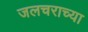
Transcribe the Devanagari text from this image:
जलचराच्या